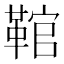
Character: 䩪